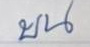
บน